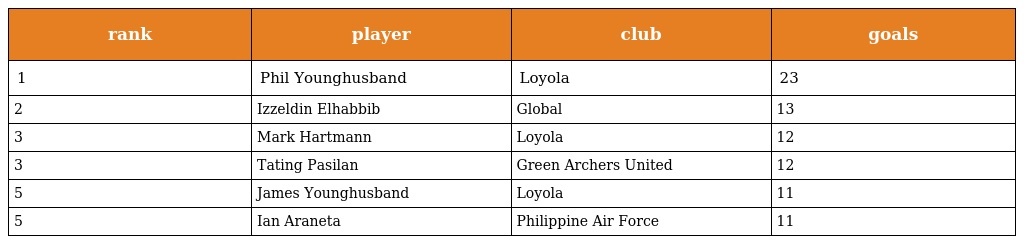
| rank | player | club | goals |
 | --- | --- | --- | --- |
 | 1 | Phil Younghusband | Loyola | 23 |
 | 2 | Izzeldin Elhabbib | Global | 13 |
 | 3 | Mark Hartmann | Loyola | 12 |
 | 3 | Tating Pasilan | Green Archers United | 12 |
 | 5 | James Younghusband | Loyola | 11 |
 | 5 | Ian Araneta | Philippine Air Force | 11 |